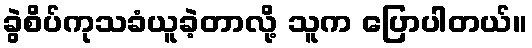
ခွဲစိပ်ကုသခံယူခဲ့တာလို့ သူက ပြောပါတယ်။